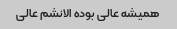
همیشه عالی بوده الانشم عالی